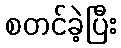
စတင်ခဲ့ပြီး